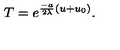
T = e ^ { \frac { - a } { 2 \lambda } ( u + u _ { 0 } ) } .